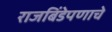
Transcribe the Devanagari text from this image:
राजबिंडेपणाचे